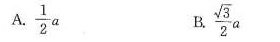
A.\frac{1}{2}a B.\frac{\sqrt{3} }{2}a